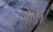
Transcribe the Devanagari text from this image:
जोए।